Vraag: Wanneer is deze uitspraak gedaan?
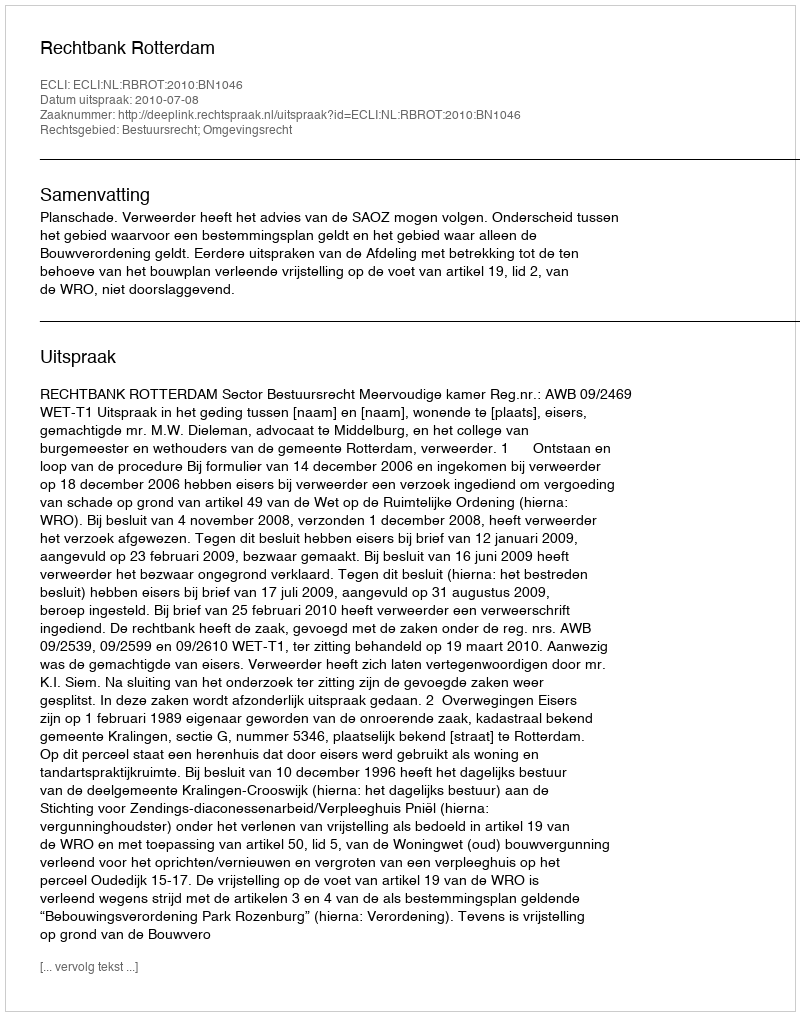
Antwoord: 2010-07-08